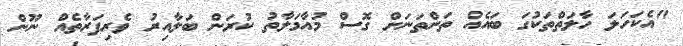
"އެކަހަލަ ހާލަތްތަކުގަ ބައެއް ތަންތަނަށް ގޮސް މުއާމަލާތު ކުރަން ބަލާއިރު ވެރިފަރާތެއް ނޫން